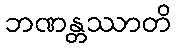
ဘဏန္တဿာတိ